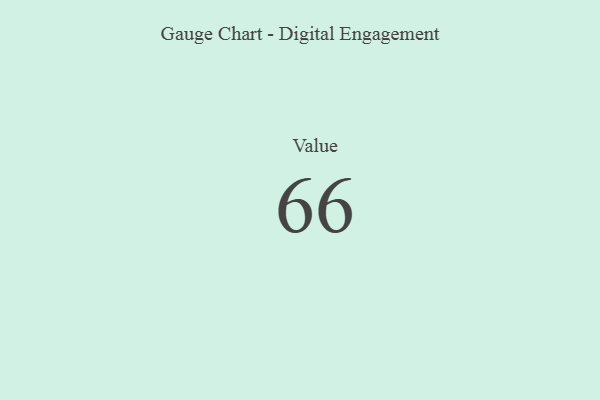
{"axis": {"x": "Metric", "y": "Value"}, "legend": [""], "data": [{"x": "Value", "y": 66, "type": ""}]}